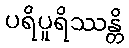
ပရိပူရိဿန္တိ